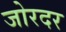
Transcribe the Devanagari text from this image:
जोरदर